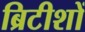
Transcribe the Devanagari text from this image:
ब्रिटीशों